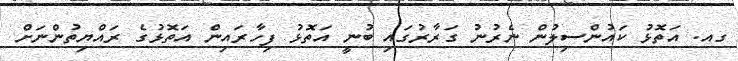
ގއ. އަތޮޅު ކައުންސިލުން ނެރުނު ގަރާރުގައި ބުނީ އަތޮޅު ފިހާރައިން އަތޮޅުގެ ރައްޔިތުންނަށް